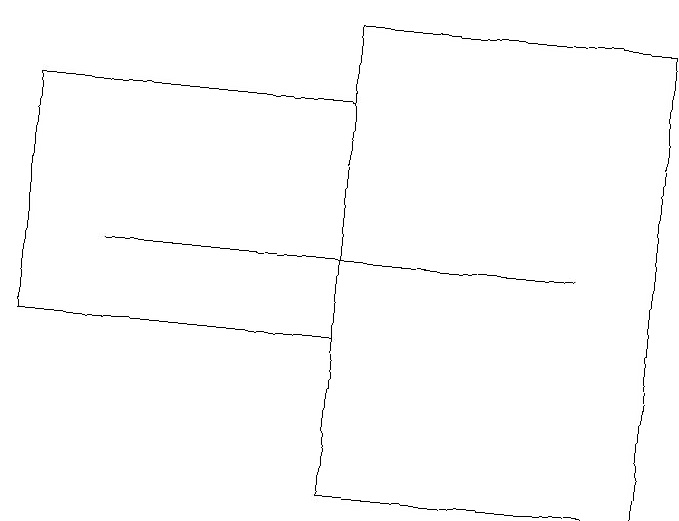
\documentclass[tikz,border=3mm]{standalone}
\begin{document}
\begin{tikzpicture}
\draw (7,14) rectangle (1,14);
\draw (8,11) rectangle (4,17);
\draw (4,16) rectangle (0,13);
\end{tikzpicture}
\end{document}